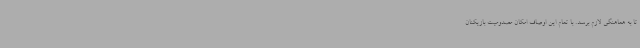
تا به هماهنگی لازم برسد. با تمام این اوصاف امکان مصدومیت بازیکنان